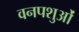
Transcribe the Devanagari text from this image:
वनपशुओं